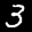
Label: 3